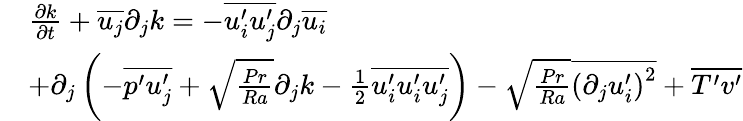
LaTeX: \begin{array}{rl}&{\frac{\partial\mathcal{k}}{\partial t}+\overline{{u_{j}}}\partial_{j}\mathcal{k}=-\overline{{u_{i}^{\prime}u_{j}^{\prime}}}\partial_{j}\overline{{u_{i}}}}\\ &{+\partial_{j}\left(-\overline{{p^{\prime}u_{j}^{\prime}}}+\sqrt{\frac{Pr}{Ra}}\partial_{j}\mathcal{k}-\frac{1}{2}\overline{{u_{i}^{\prime}u_{i}^{\prime}u_{j}^{\prime}}}\right)-\sqrt{\frac{Pr}{Ra}}\overline{{\left(\partial_{j}u_{i}^{\prime}\right)^{2}}}+\overline{{T^{\prime}v^{\prime}}}}\end{array}